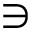
\ni